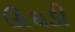
ઊઘડી